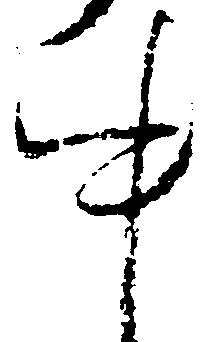
中